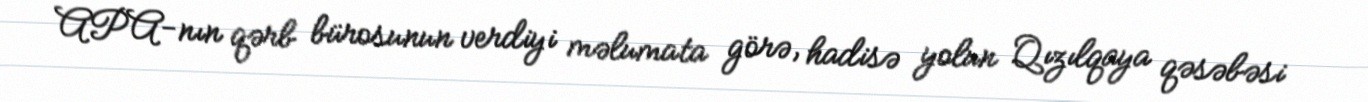
APA-nın qərb bürosunun verdiyi məlumata görə, hadisə yolun Qızılqaya qəsəbəsi